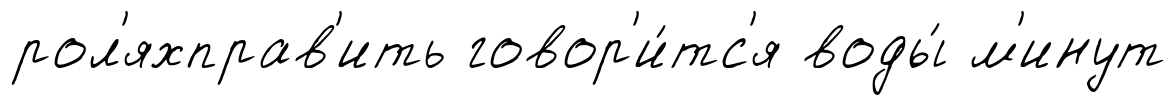
рол'яхправ'ить говор'и́тс'я воды́ м'инут